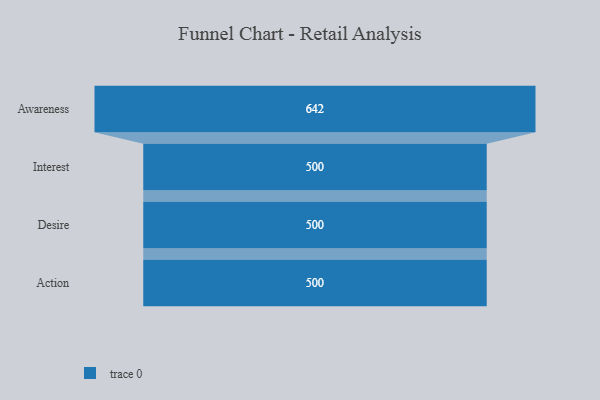
{"axis": {"x": "Stage", "y": "Value"}, "legend": [""], "data": [{"x": "Awareness", "y": 642.0, "type": ""}, {"x": "Interest", "y": 500, "type": ""}, {"x": "Desire", "y": 500, "type": ""}, {"x": "Action", "y": 500, "type": ""}]}